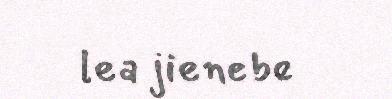
lea jienebe